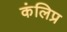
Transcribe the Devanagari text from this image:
कंलिप्र